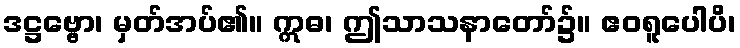
ဒဋ္ဌဗ္ဗော၊ မှတ်အပ်၏။ ဣဓ၊ ဤသာသနာတော်၌။ ဧဝရူပေါပိ၊